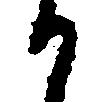
か